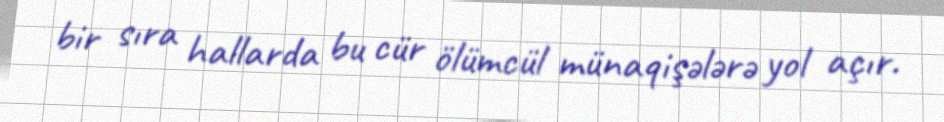
bir sıra hallarda bu cür ölümcül münaqişələrə yol açır.